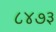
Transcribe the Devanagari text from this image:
८४७३